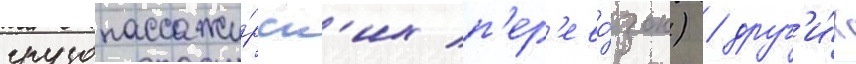
грузопассажи́рск'их п'ер'ево́зок) / друг'и́х